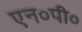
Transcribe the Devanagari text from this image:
एन०पी०